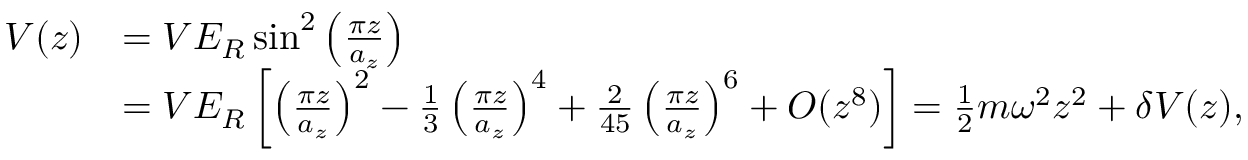
\begin{array} { r l } { V ( z ) } & { = V E _ { R } \sin ^ { 2 } \left( \frac { \pi z } { a _ { z } } \right) } \\ & { = V E _ { R } \left[ \left( \frac { \pi z } { a _ { z } } \right) ^ { 2 } - \frac { 1 } { 3 } \left( \frac { \pi z } { a _ { z } } \right) ^ { 4 } + \frac { 2 } { 4 5 } \left( \frac { \pi z } { a _ { z } } \right) ^ { 6 } + O ( z ^ { 8 } ) \right] = \frac { 1 } { 2 } m \omega ^ { 2 } z ^ { 2 } + \delta V ( z ) , } \end{array}